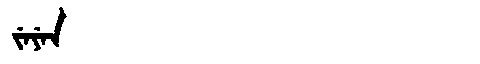
Manchu: ᠵᡝᠶᡝᠨ
Romanization: JEYEN